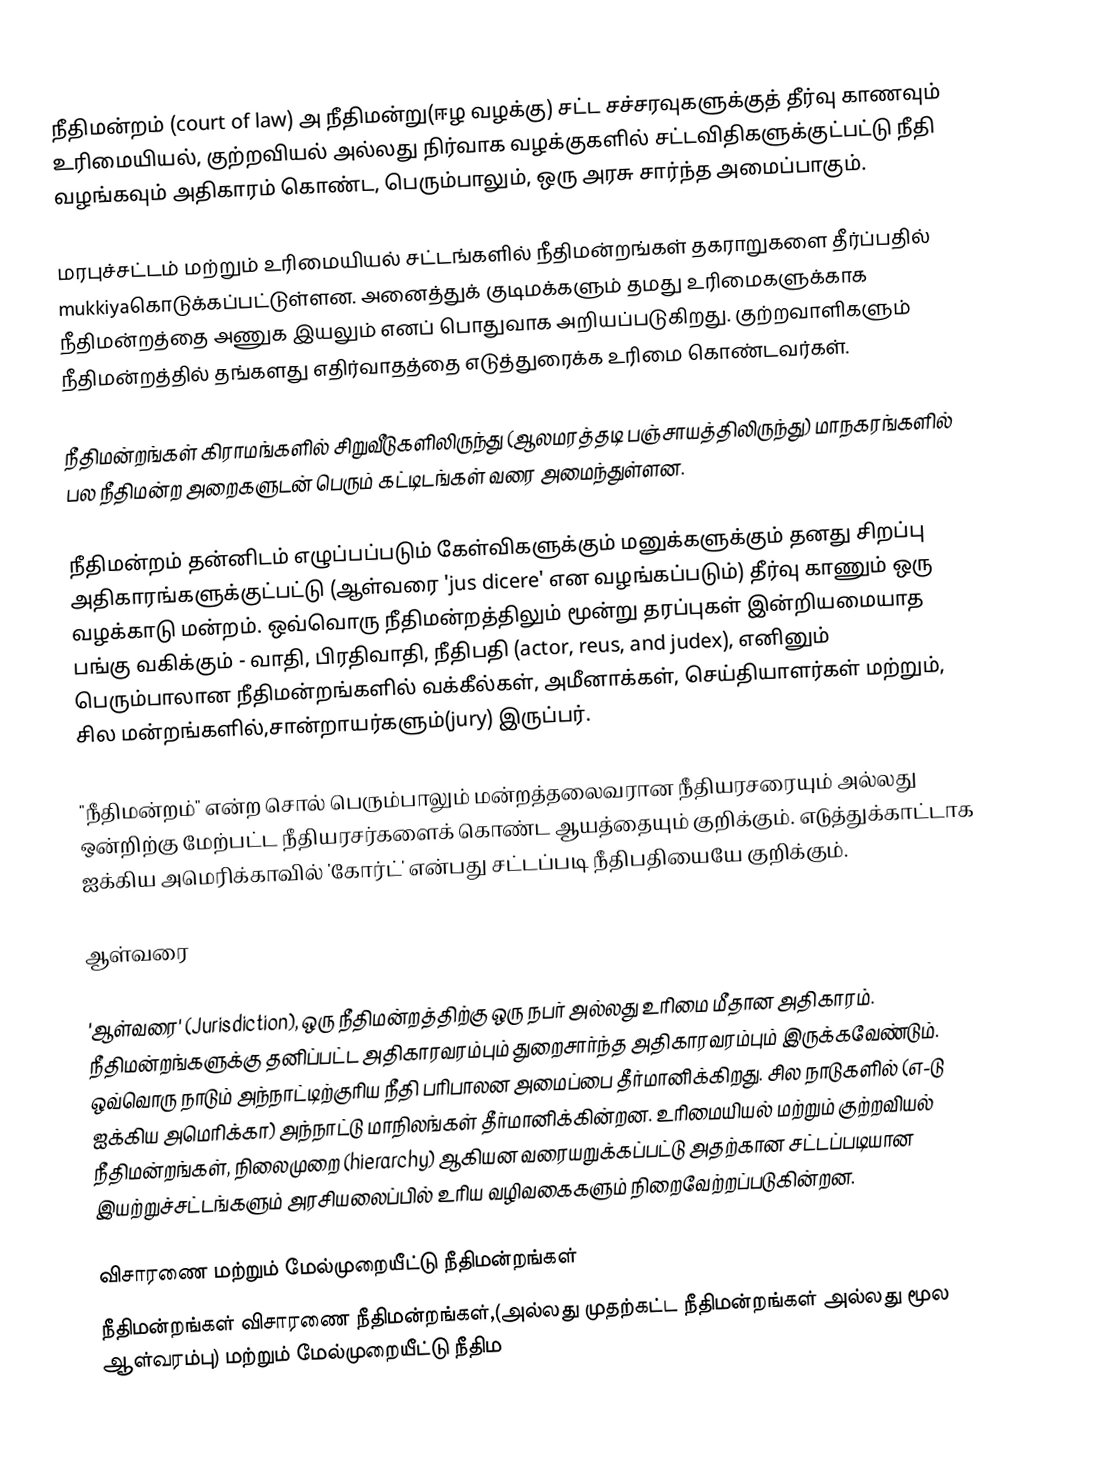
நீதிமன்றம் (court of law) அ நீதிமன்று(ஈழ வழக்கு) சட்ட சச்சரவுகளுக்குத் தீர்வு காணவும் உரிமையியல், குற்றவியல் அல்லது நிர்வாக வழக்குகளில் சட்டவிதிகளுக்குட்பட்டு நீதி வழங்கவும் அதிகாரம் கொண்ட, பெரும்பாலும், ஒரு அரசு சார்ந்த அமைப்பாகும்.

மரபுச்சட்டம் மற்றும் உரிமையியல் சட்டங்களில் நீதிமன்றங்கள் தகராறுகளை தீர்ப்பதில் mukkiyaகொடுக்கப்பட்டுள்ளன. அனைத்துக் குடிமக்களும் தமது உரிமைகளுக்காக நீதிமன்றத்தை அணுக இயலும் எனப் பொதுவாக அறியப்படுகிறது. குற்றவாளிகளும் நீதிமன்றத்தில் தங்களது எதிர்வாதத்தை எடுத்துரைக்க உரிமை கொண்டவர்கள்.

நீதிமன்றங்கள் கிராமங்களில் சிறுவீடுகளிலிருந்து (ஆலமரத்தடி பஞ்சாயத்திலிருந்து) மாநகரங்களில் பல நீதிமன்ற அறைகளுடன் பெரும் கட்டிடங்கள் வரை அமைந்துள்ளன.

நீதிமன்றம் தன்னிடம் எழுப்பப்படும் கேள்விகளுக்கும் மனுக்களுக்கும் தனது சிறப்பு அதிகாரங்களுக்குட்பட்டு (ஆள்வரை 'jus dicere' என வழங்கப்படும்) தீர்வு காணும் ஒரு வழக்காடு மன்றம். ஒவ்வொரு நீதிமன்றத்திலும் மூன்று தரப்புகள் இன்றியமையாத பங்கு வகிக்கும் - வாதி, பிரதிவாதி, நீதிபதி (actor, reus, and judex), எனினும் பெரும்பாலான நீதிமன்றங்களில் வக்கீல்கள், அமீனாக்கள், செய்தியாளர்கள் மற்றும், சில மன்றங்களில்,சான்றாயர்களும்(jury) இருப்பர்.

"நீதிமன்றம்" என்ற சொல் பெரும்பாலும் மன்றத்தலைவரான நீதியரசரையும் அல்லது ஒன்றிற்கு மேற்பட்ட நீதியரசர்களைக் கொண்ட ஆயத்தையும் குறிக்கும். எடுத்துக்காட்டாக ஐக்கிய அமெரிக்காவில் 'கோர்ட்' என்பது  சட்டப்படி நீதிபதியையே குறிக்கும்.

ஆள்வரை

'ஆள்வரை' (Jurisdiction), ஒரு நீதிமன்றத்திற்கு ஒரு நபர் அல்லது உரிமை மீதான அதிகாரம். நீதிமன்றங்களுக்கு தனிப்பட்ட அதிகாரவரம்பும் துறைசார்ந்த அதிகாரவரம்பும்  இருக்கவேண்டும். ஒவ்வொரு நாடும் அந்நாட்டிற்குரிய நீதி பரிபாலன அமைப்பை தீர்மானிக்கிறது. சில நாடுகளில் (எ-டு ஐக்கிய அமெரிக்கா) அந்நாட்டு மாநிலங்கள் தீர்மானிக்கின்றன. உரிமையியல் மற்றும் குற்றவியல் நீதிமன்றங்கள், நிலைமுறை (hierarchy) ஆகியன வரையறுக்கப்பட்டு அதற்கான சட்டப்படியான இயற்றுச்சட்டங்களும் அரசியலைப்பில் உரிய வழிவகைகளும் நிறைவேற்றப்படுகின்றன.

விசாரணை மற்றும் மேல்முறையீட்டு நீதிமன்றங்கள்
நீதிமன்றங்கள் விசாரணை நீதிமன்றங்கள்,(அல்லது முதற்கட்ட நீதிமன்றங்கள் அல்லது மூல ஆள்வரம்பு) மற்றும் மேல்முறையீட்டு நீதிம